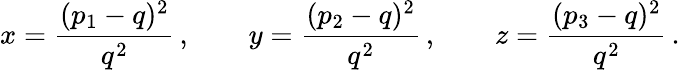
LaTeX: x=\frac{(p_{1}-q)^{2}}{q^{2}}\, ,\qquad y=\frac{(p_{2}-q)^{2}}{q^{2}}\, ,\qquad z=\frac{(p_{3}-q)^{2}}{q^{2}}\, .